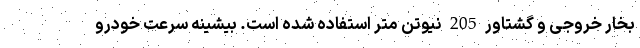
بخار خروجی و گشتاور 205 نیوتن متر استفاده شده است. بیشینه سرعت خودرو